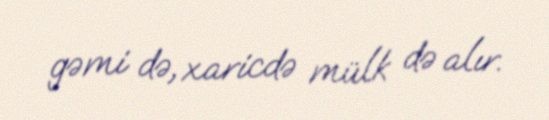
gəmi də, xaricdə mülk də alır.